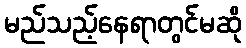
မည်သည့်နေရာတွင်မဆို